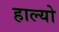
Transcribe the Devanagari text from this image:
हाल्‍यो